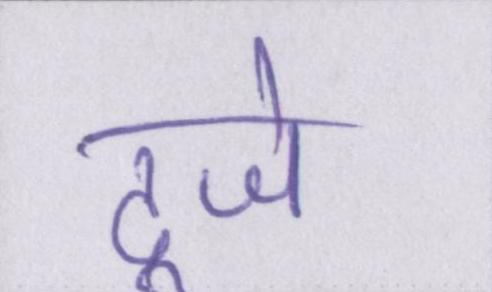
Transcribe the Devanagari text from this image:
दूजे